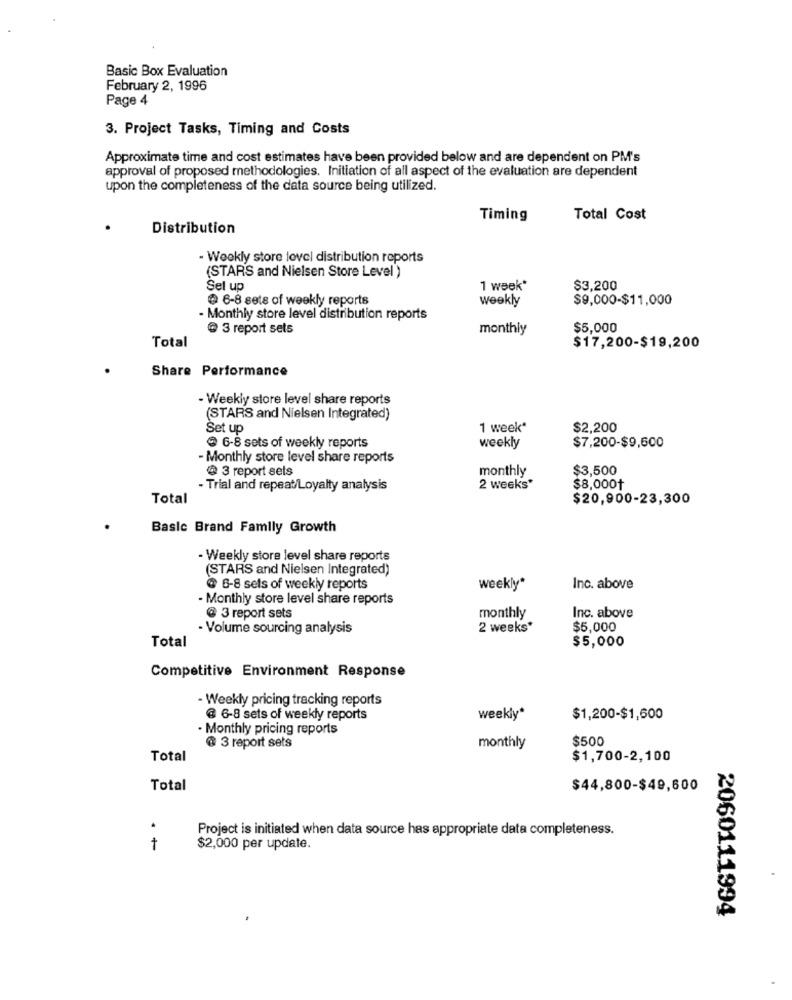
Basic Box Evaluation
February 2, 1996
Page 4
3. Project Tasks, Timing and Costs
Approximate time and cost estimates have been provided below and are dependent on PM's
approval of proposed methodologies. Initiation of all aspect of the evaluation are dependent
upon the completeness of the data source being utilized.
Timing
Total Cost
Distribution
- Weekly store lovel distribution reports
(STARS and Nielsen Store Level )
Sel up
1 week*
$3,200
@ 6-8 sets of weekly reports
weekly
$9,000-$11,000
- Monthly store level distribution reports
@ 3 report sets
monthly
$5,000
Total
$17,200-$19,200
Share Performance
- Weekly store level share reports
(STARS and Nielsen Integrated)
Set up
1 week*
$2,200
6-8 sets of weekly reports
weekly
$7,200-$9,600
- Monthly store level share reports
@ 3 report sels
monthly
$3,500
- Trial and repeat/Loyalty analysis
2 weeks*
$8,000+
Total
$20,900-23,300
Basic Brand Family Growth
-Weekly store level share reports
(STARS and Nielsen Integrated)
6-8 sets of weekly reports
weekly"
Inc. above
- Monthly store level share reports
@ 3 report sets
monthly
Inc. above
- Volume sourcing analysis
2 weeks*
$5,000
Total
$5,000
Competitive Environment Response
- Weekly pricing tracking reports
@ 6-8 sets of weekly reports
weekly*
$1,200-$1,600
. Monthly pricing reports
$500
@ 3 report sets
monthly
Total
$1,700-2,100
Total
$44,800-$49,600
Project is initiated when data source has appropriate data completeness.
t
$2,000 per update.
2060111994